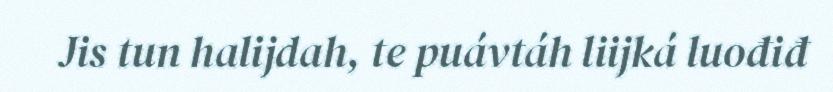
Jis tun halijdah, te puávtáh liijká luođiđ